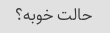
حالت خوبه؟